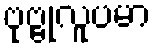
ဗုဗ္ဗုလူပမာ